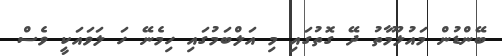
ބޭންޑުން މައުލޫމާތު ދޭ ގޮތުގައި މި އަލްބަމުގައި ހިމެނޭ ހަ ލަވައަކީ ވެސް